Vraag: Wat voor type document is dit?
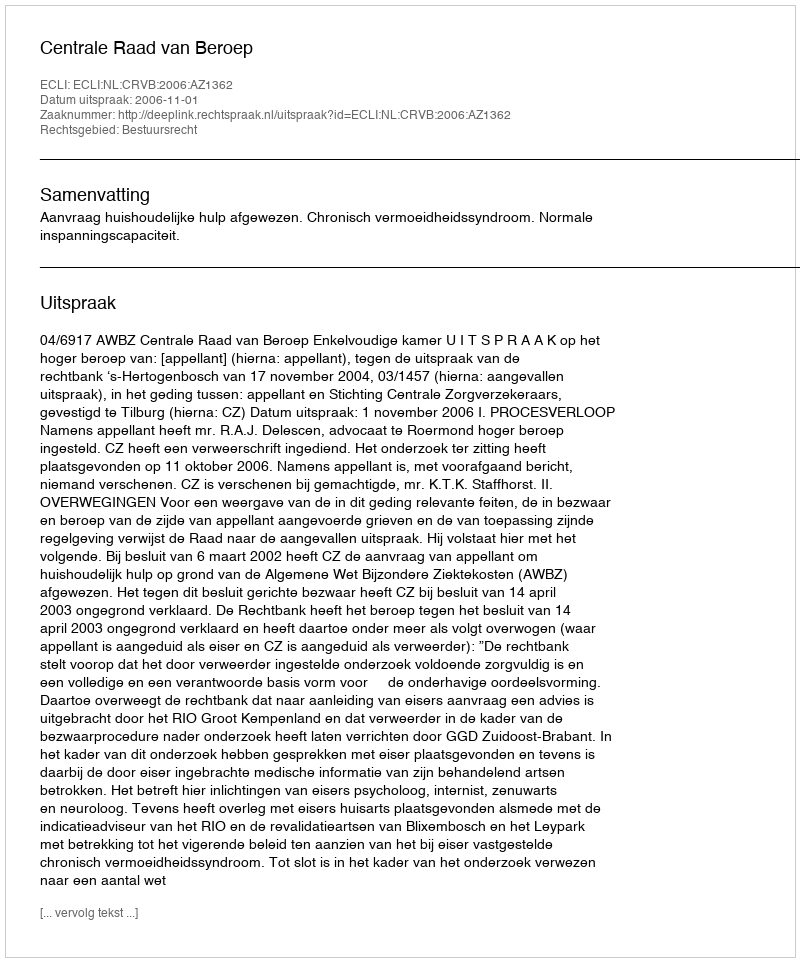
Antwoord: Uitspraak